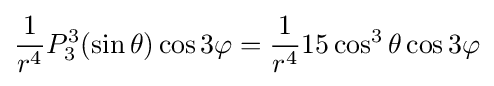
{\frac {1}{r^{4}}}P_{3}^{3}(\sin \theta )\cos 3\varphi ={\frac {1}{r^{4}}}15\cos ^{3}\theta \cos 3\varphi